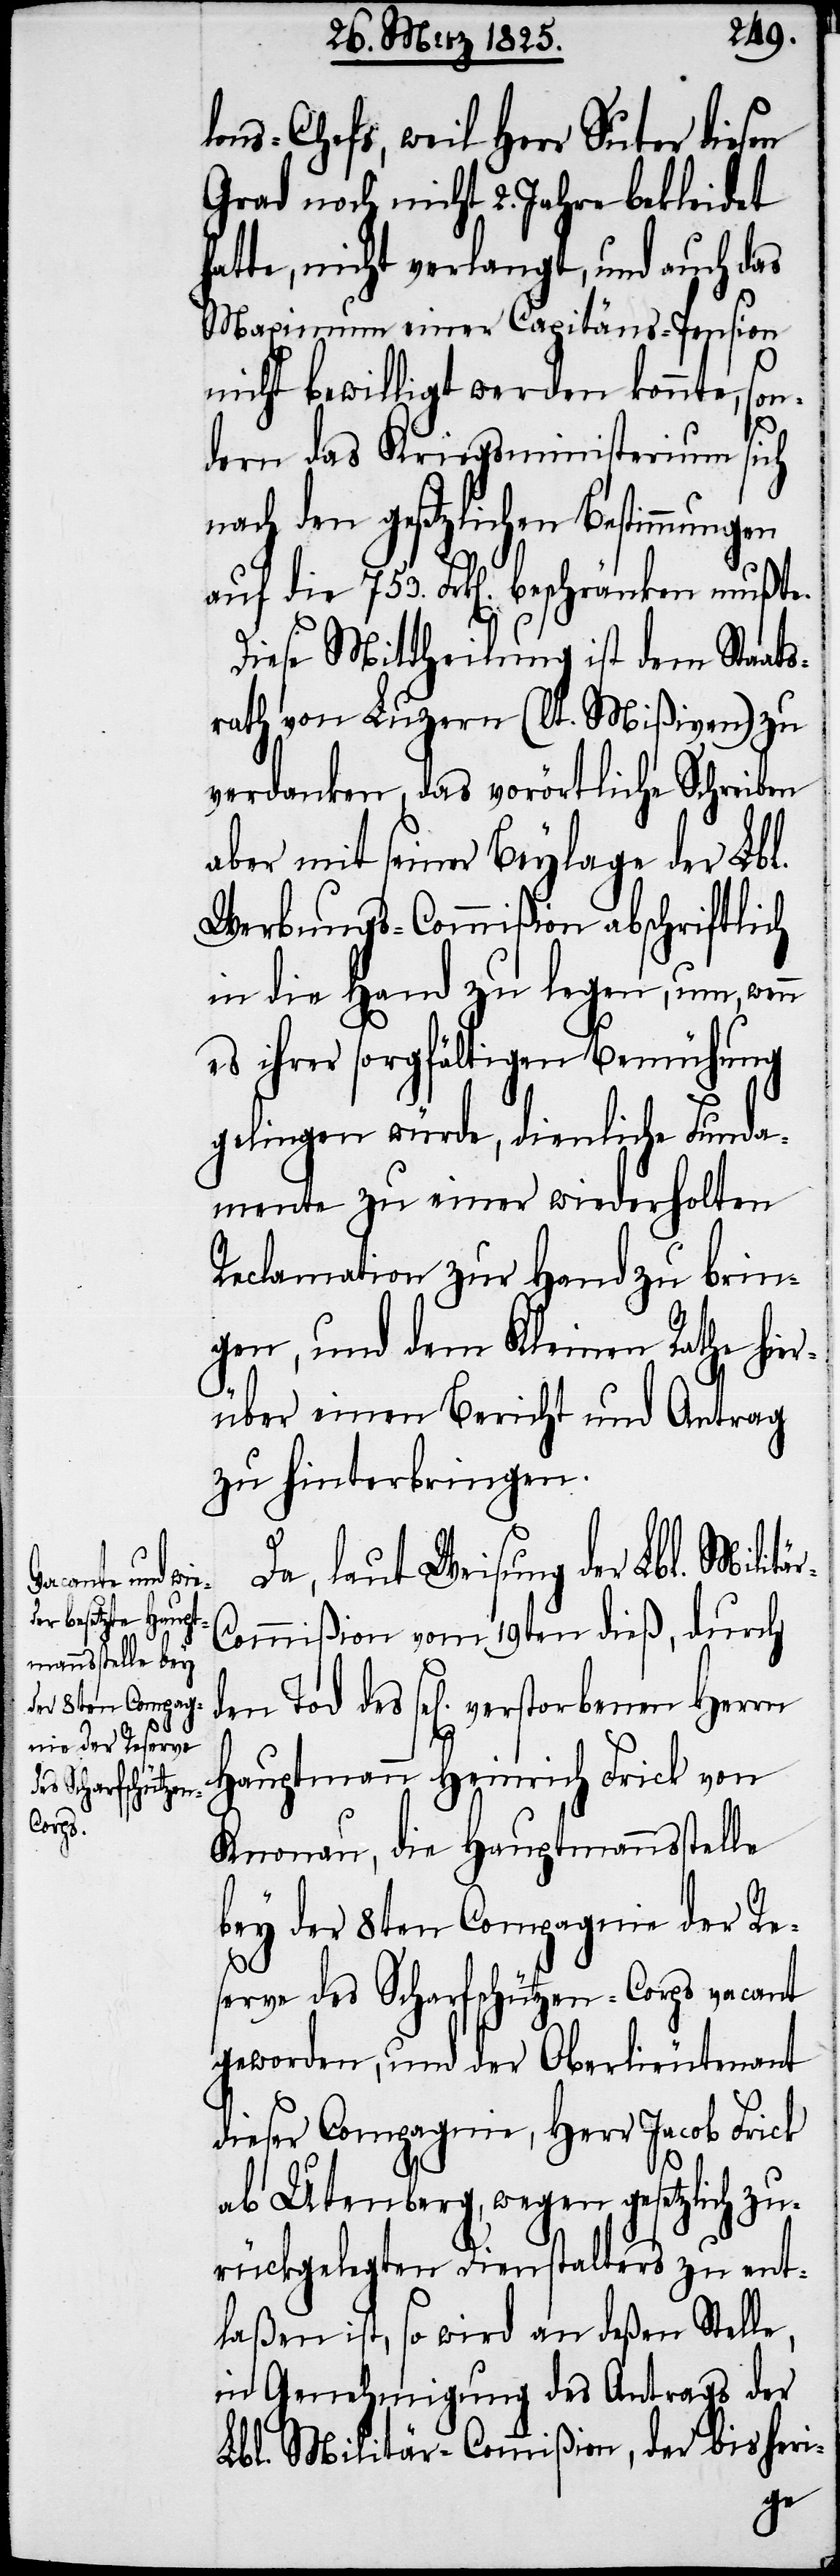
lons-Chefs, weil Herr Suter diesen
Grad noch nicht 2. Jahre bekleidet
hatte, nicht verlangt, und auch das
Maximum einer Capitäns-Pension
nicht bewilligt werden konnte, son¬
dern das Kriegsministerium sich
nach den gesetzlichen Bestimmun¬
auf die 753. Frk[en] beschränken mußte.
Diese Mittheilung ist dem Staats¬
rath von Luzern (lt. Mißiven) zu
verdanken, das vorörtliche Schreiben
aber mit seiner Beylage der Lbl.
Werbungs-Commißion abschriftlich
in die Hand zu legen, um, wenn
es ihrer sorgfältigen Bemühung
gelingen würde, dienliche Funda¬
mente zu einer wiederholten
Reclamation zur Hand zu brin¬
gen, und dem Kleinen Rathe hier¬
über einen Bericht und Antrag
zu hinterbringen.
r-C¬
Da, laut Weisung der Lbl. Militä¬
ommißion vom 19ten dieß, durch
des sel[igen]. verstorbenen Herrn
Hauptmann Heinrich Frick von
Knonau, die Hauptmannsstelle
bey der 8ten Compagnie der Re¬
serve des Scharfschützen-Corps vacant
geworden, und der Oberlieutenant
dieser Compagnie, Herr Jacob Frick
ab Utenberg, wegen gesetzlich zu¬
rückgelegten Dienstalters zu ent¬
laßen ist, so wird an deßen Stelle,
in Genehmigung des Antrags der
Lbl. Militär-Commißion, der bisheri-
gen